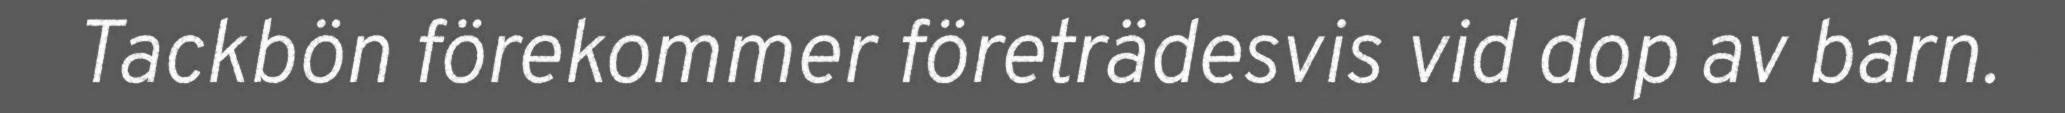
Tackbön förekommer företrädesvis vid dop av barn.